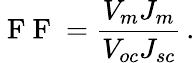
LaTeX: \mathrm{~F~F~}=\frac{V_{m}J_{m}}{V_{oc}J_{sc}}\, .